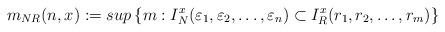
LaTeX: \begin{align*} m_{NR} (n,x) := sup\left\{ m: I^x_N (\varepsilon_1, \varepsilon_2, \ldots, \varepsilon_n ) \subset I^x_{R} (r_1, r_2, \ldots, r_m ) \right\}\end{align*}